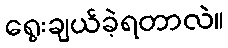
ရွေးချယ်ခဲ့ရတာလဲ။